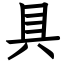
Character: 具